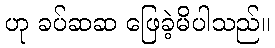
ဟု ခပ်ဆဆ ဖြေခဲ့မိပါသည်။